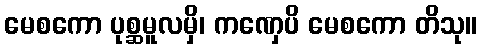
မေစကော ပုစ္ဆမူလမှိ၊ ကဏှေပိ မေစကော တိသု။